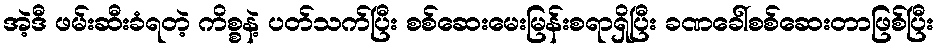
အဲ့ဒီ ဖမ်းဆီးခံရတဲ့ ကိစ္စနဲ့ ပတ်သက်ပြီး စစ်ဆေးမေးမြန်းစရာရှိပြီး ခဏခေါ်စစ်ဆေးတာဖြစ်ပြီး